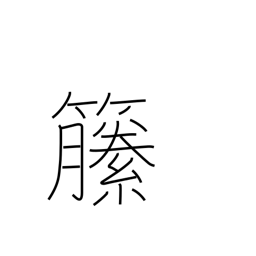
Meaning: climbing plants